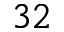
3 2